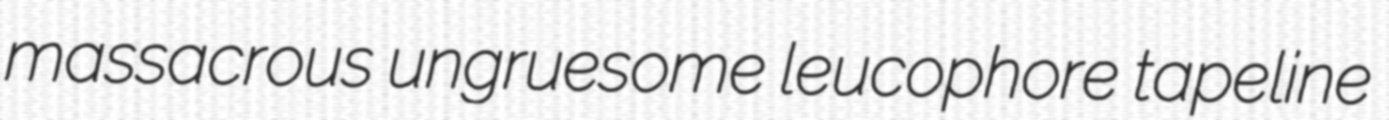
massacrous ungruesome leucophore tapeline